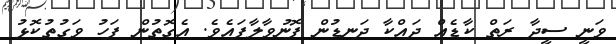
ވަނީ ސީދާ ރަތް ކާޑެއް ދައްކާ ދަނޑުން ފޮނުވާލާފައެވެ. އެގޮތުން ފަހު ވަގުތުކޮޅު